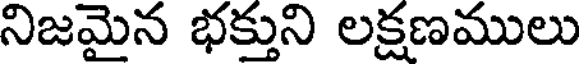
నిజమైన భక్తుని లక్షణములు